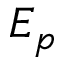
E _ { p }